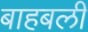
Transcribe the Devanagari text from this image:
बाहबली